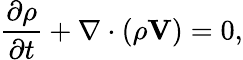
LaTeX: \frac{\partial\rho}{\partial t}+\nabla\cdot\left(\rho\mathbf{V}\right)=0,